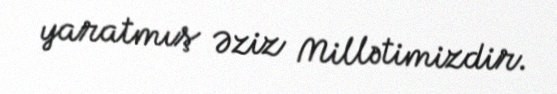
yaratmış Əziz Millətimizdir.